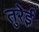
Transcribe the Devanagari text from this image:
तुरेई